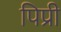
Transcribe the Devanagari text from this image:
पिप्री